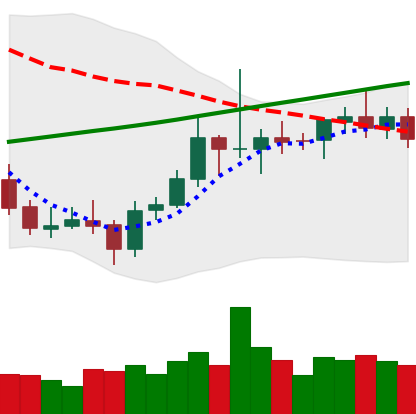
Ticker: ETC-USD
Chart end date: 2021-08-03
Forward return: 15.776%
Label: up_7plus